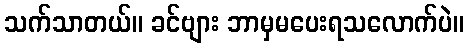
သက်သာတယ်။ ခင်ဗျား ဘာမှမပေးရသလောက်ပဲ။